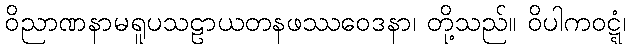
ဝိညာဏနာမရူပသဠာယတနဖဿဝေဒနာ၊ တို့သည်။ ဝိပါကဝဋ္ဋံ၊